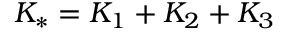
K _ { * } = K _ { 1 } + K _ { 2 } + K _ { 3 }